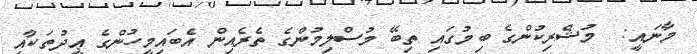
މާނައީ:  މުޝްރިކުންގެ ބިމުގައި ތިބޭ މުސްލިމުންގެ ތެރެއިން އެބައިމީހުންގެ ޢީދުތަކާއި